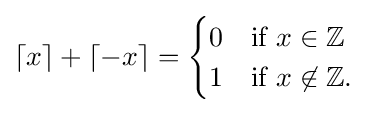
\lceil x\rceil +\lceil -x\rceil ={\begin{cases}0&{\text{if }}x\in \mathbb {Z} \\1&{\text{if }}x\not \in \mathbb {Z} .\end{cases}}